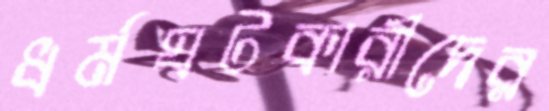
ধর্মঘটকারীদের